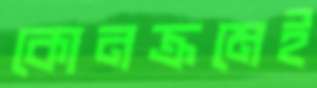
কোনক্রমেই